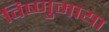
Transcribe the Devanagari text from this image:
विष्णुमाया